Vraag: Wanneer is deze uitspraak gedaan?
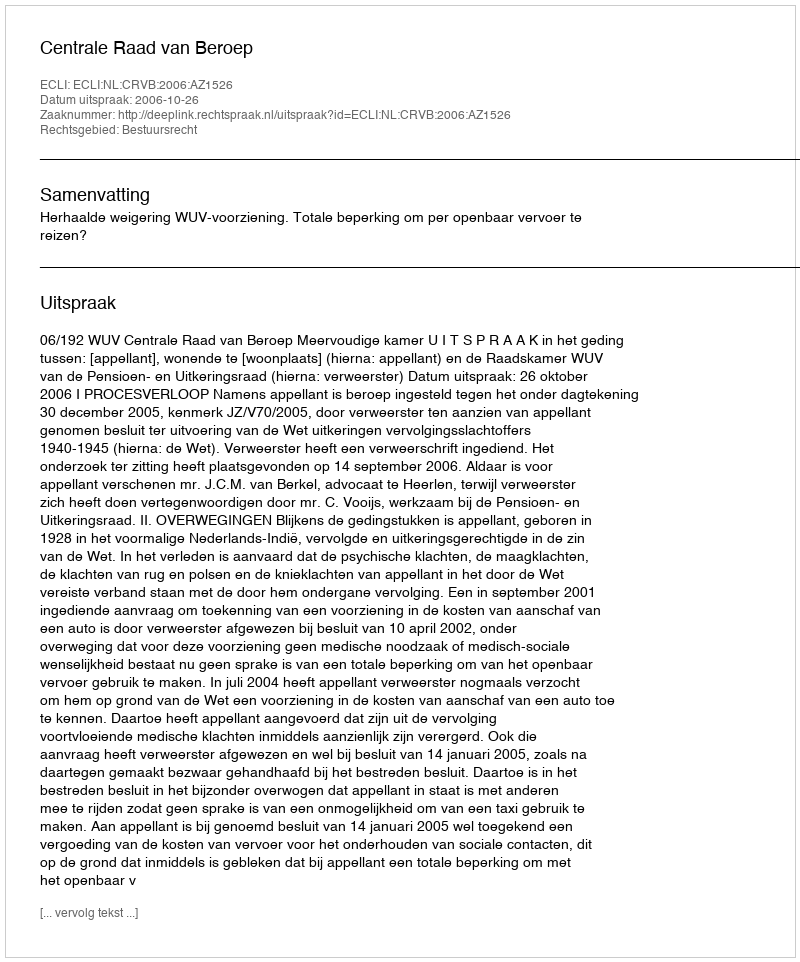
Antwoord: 2006-10-26